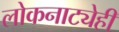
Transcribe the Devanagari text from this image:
लोकनाट्येही